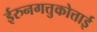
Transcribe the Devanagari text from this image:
ईरुनगत्तुकोत्ताई